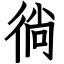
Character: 徜